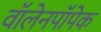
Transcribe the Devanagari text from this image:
वॉलेनपॉपेक